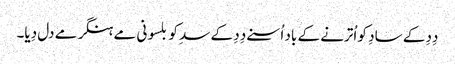
دِدِ کے سادِ کو اُترنے کے باد اُسنے دِدِ کے سدِ کو بلسونی مے ہنگر مے دل دِیا۔